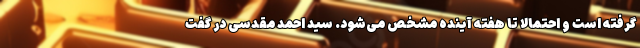
گرفته است و احتمالا تا هفته آینده مشخص می‌شود. سید احمد مقدسی در گفت